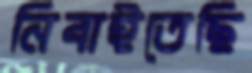
নিবাইতেছি